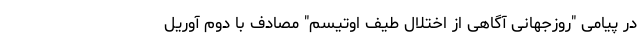
در پیامی "روزجهانی آگاهی از اختلال طیف اوتیسم" مصادف با دوم آوریل